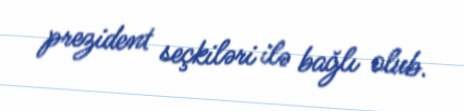
prezident seçkiləri ilə bağlı olub.